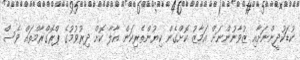
ކުޑަކުދީންނަށާއި ޒުވާނުންނަށް އަމާޒު ކޮށްގެން ކިޔުންތެރިކަން އާލާ ކޮށް ދިރުވުމުގެ ޕްރޮގްރާމްތައް ވެސް